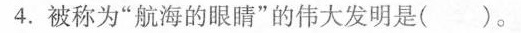
4.被称为”航海的眼睛”的伟大发明是(